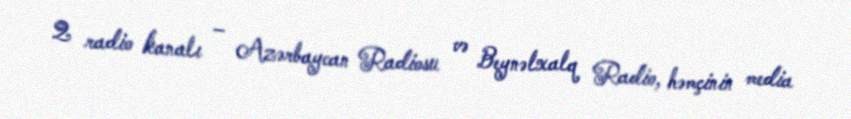
2 radio kanalı – Azərbaycan Radiosu və Beynəlxalq Radio, həmçinin media